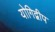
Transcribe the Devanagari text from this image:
योगिद्वीप